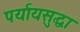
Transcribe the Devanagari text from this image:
पर्यायसुद्धा